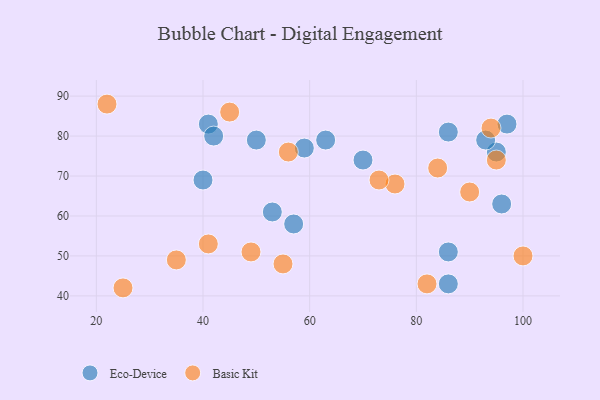
{"axis": {"x": "GDP", "y": "Life Expectancy"}, "legend": ["Basic Kit", "Eco-Device"], "data": [{"x": "50", "y": 79, "type": "Eco-Device"}, {"x": "86", "y": 51, "type": "Eco-Device"}, {"x": "41", "y": 83, "type": "Eco-Device"}, {"x": "95", "y": 76, "type": "Eco-Device"}, {"x": "40", "y": 69, "type": "Eco-Device"}, {"x": "96", "y": 63, "type": "Eco-Device"}, {"x": "93", "y": 79, "type": "Eco-Device"}, {"x": "70", "y": 74, "type": "Eco-Device"}, {"x": "63", "y": 79, "type": "Eco-Device"}, {"x": "57", "y": 58, "type": "Eco-Device"}, {"x": "97", "y": 83, "type": "Eco-Device"}, {"x": "86", "y": 43, "type": "Eco-Device"}, {"x": "53", "y": 61, "type": "Eco-Device"}, {"x": "42", "y": 80, "type": "Eco-Device"}, {"x": "59", "y": 77, "type": "Eco-Device"}, {"x": "86", "y": 81, "type": "Eco-Device"}, {"x": "25", "y": 42, "type": "Basic Kit"}, {"x": "90", "y": 66, "type": "Basic Kit"}, {"x": "49", "y": 51, "type": "Basic Kit"}, {"x": "41", "y": 53, "type": "Basic Kit"}, {"x": "100", "y": 50, "type": "Basic Kit"}, {"x": "22", "y": 88, "type": "Basic Kit"}, {"x": "55", "y": 48, "type": "Basic Kit"}, {"x": "45", "y": 86, "type": "Basic Kit"}, {"x": "82", "y": 43, "type": "Basic Kit"}, {"x": "84", "y": 72, "type": "Basic Kit"}, {"x": "95", "y": 74, "type": "Basic Kit"}, {"x": "56", "y": 76, "type": "Basic Kit"}, {"x": "35", "y": 49, "type": "Basic Kit"}, {"x": "76", "y": 68, "type": "Basic Kit"}, {"x": "94", "y": 82, "type": "Basic Kit"}, {"x": "73", "y": 69, "type": "Basic Kit"}]}